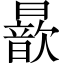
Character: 𣋚